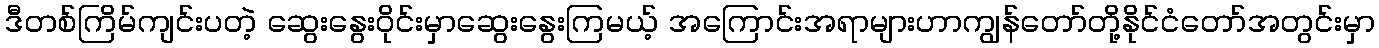
ဒီတစ်ကြိမ်ကျင်းပတဲ့ ဆွေးနွေးဝိုင်းမှာဆွေးနွေးကြမယ့် အကြောင်းအရာများဟာကျွန်တော်တို့နိုင်ငံတော်အတွင်းမှာ